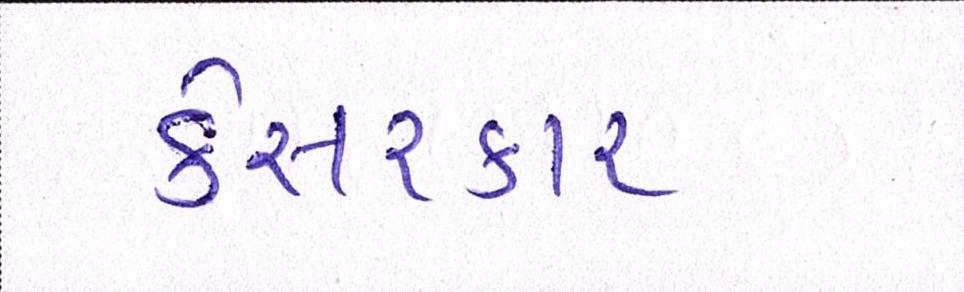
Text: કેસરકાર